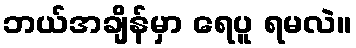
ဘယ်အချိန်မှာ ရေပူ ရမလဲ။